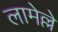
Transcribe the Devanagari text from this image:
लामेल्ले